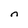
Character: n